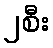
၂စီး